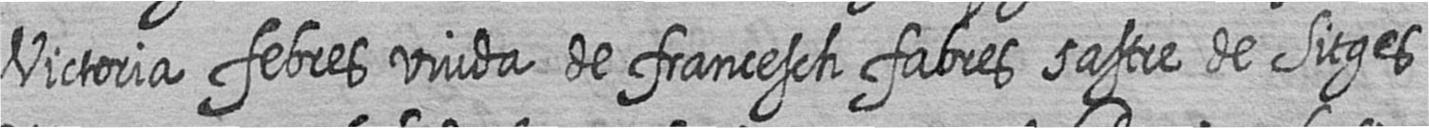
Victoria febres viuda de francesch fabres sastre de Sitges